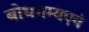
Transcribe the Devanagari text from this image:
बोधगम्यएवं